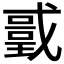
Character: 𭟻